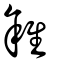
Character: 雓